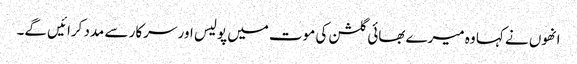
انھوں نے کہا وہ میرے بھائی گلشن کی موت میں پولیس اور سرکار سے مدد کرائیں گے۔